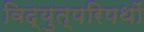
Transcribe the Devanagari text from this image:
विद्युत्परिपथों